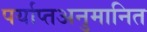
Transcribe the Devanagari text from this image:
पर्याप्तअनुमानित